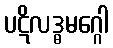
ပဋိလဒ္ဓမဂ္ဂေါ